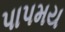
પાપમય